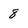
Character: 8